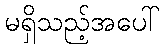
မရှိသည့်အပေါ်